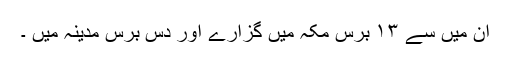
ان میں سے ۱۳ برس مکہ میں گزارے اور دس برس مدینہ میں ۔